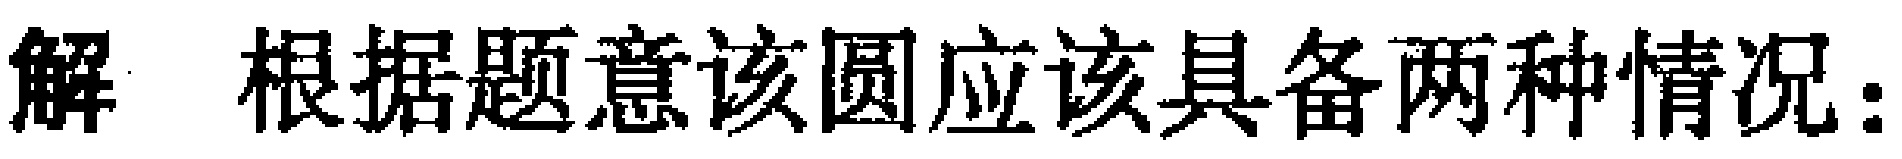
解 根据题意该圆应该具备两种情况：